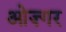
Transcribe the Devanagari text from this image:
ओज़्गर